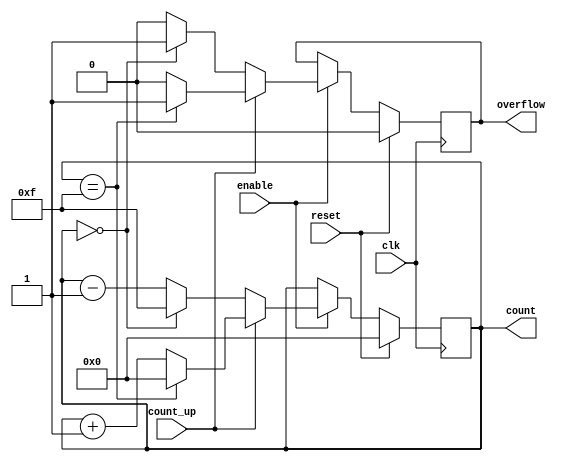
module synchronous_counter #(
    parameter WIDTH = 4 // Configurable bit width
)(
    input wire clk,          // Clock input
    input wire reset,        // Synchronous reset
    input wire enable,       // Enable input
    input wire count_up,     // Count up control signal (1 for up, 0 for down)
    output reg [WIDTH-1:0] count, // Counter output
    output reg overflow      // Overflow flag
);

    // Initial count value
    initial begin
        count = 0;
        overflow = 0;
    end

    always @(posedge clk) begin
        if (reset) begin
            // Synchronous reset
            count <= 0;
            overflow <= 0;
        end else if (enable) begin
            if (count_up) begin
                // Up counting
                if (count == (2**WIDTH - 1)) begin
                    count <= 0; // Wrap around
                    overflow <= 1; // Set overflow flag
                end else begin
                    count <= count + 1;
                    overflow <= 0;
                end
            end else begin
                // Down counting
                if (count == 0) begin
                    count <= (2**WIDTH - 1); // Wrap around
                    overflow <= 1; // Set overflow flag
                end else begin
                    count <= count - 1;
                    overflow <= 0;
                end
            end
        end
    end

endmodule